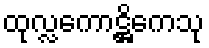
ထုလ္လကောဋ္ဌိကေသု